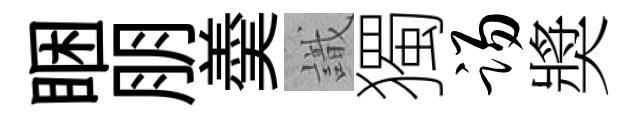
睏朋羮識獨踢奬